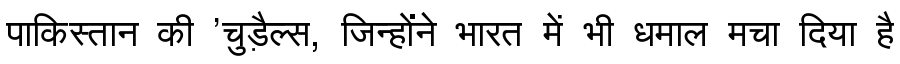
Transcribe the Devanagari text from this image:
पाकिस्तान की 'चुड़ैल्स, जिन्होंने भारत में भी धमाल मचा दिया है